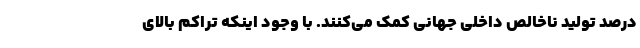
درصد تولید ناخالص داخلی جهانی کمک می‌کنند. با وجود اینکه تراکم بالای